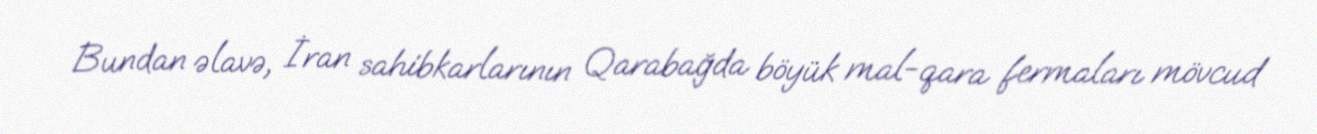
Bundan əlavə, İran sahibkarlarının Qarabağda böyük mal-qara fermaları mövcud